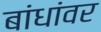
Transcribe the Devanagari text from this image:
बांधांवर